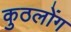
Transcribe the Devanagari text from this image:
कुठलोंग